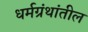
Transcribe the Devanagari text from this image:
धर्मग्रंथांतील